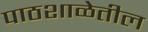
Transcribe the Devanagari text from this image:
पाठशाळेतील